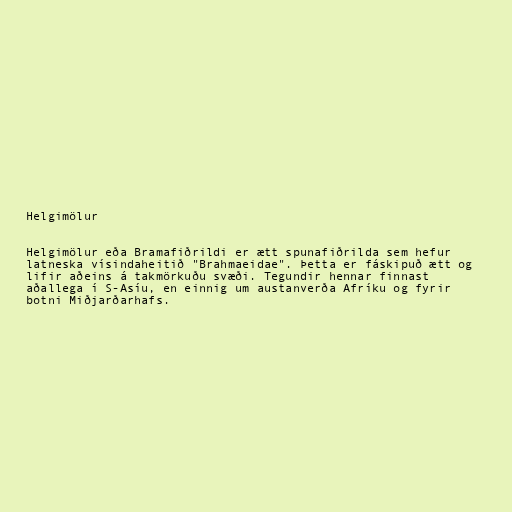
Helgimölur

Helgimölur eða Bramafiðrildi er ætt spunafiðrilda sem hefur
latneska vísindaheitið "Brahmaeidae". Þetta er fáskipuð ætt og
lifir aðeins á takmörkuðu svæði. Tegundir hennar finnast
aðallega í S-Asíu, en einnig um austanverða Afríku og fyrir
botni Miðjarðarhafs.